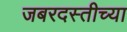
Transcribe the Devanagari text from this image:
जबरदस्तीच्या